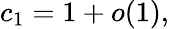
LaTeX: c_{1}=1+o(1),